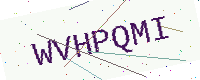
Text: WVHPQMI